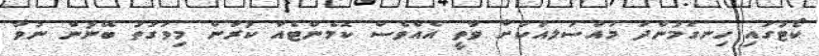
ކޯޓުގައި ހިނގަމުންދަ މައްސަލއަކަށް ވާތީ އެއްވެސް ކޮމެންޓެއް ކުރަން މިވަގުތު ބޭނުން ނުވާ